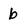
Character: b